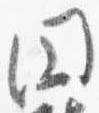
円